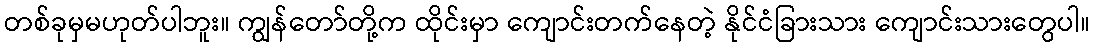
တစ်ခုမှမဟုတ်ပါဘူး။ ကျွန်တော်တို့က ထိုင်းမှာ ကျောင်းတက်နေတဲ့ နိုင်ငံခြားသား ကျောင်းသားတွေပါ။